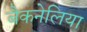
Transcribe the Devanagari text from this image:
बैकनेलिया